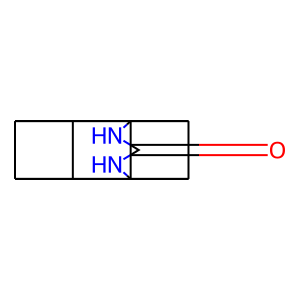
SMILES: O=C1NC23C4C5C6C4C2(N1)C6C53
Inhibits HIV replication: No